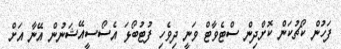
ފަހުން ކޯޗުކަން ކޮށްދިން ސްޓެވާޓް ވަނީ ދިވެހި ފުޓުބޯޅަ އެސޯސީއޭޝަނުން އޭނާ އަށް